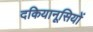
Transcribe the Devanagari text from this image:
दकियानूसियों